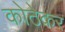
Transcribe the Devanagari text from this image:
कोठेकर